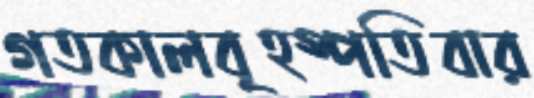
গতকালবৃহস্পতিবার